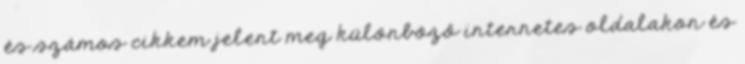
és számos cikkem jelent meg különböző internetes oldalakon és